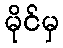
မိုင်မှ